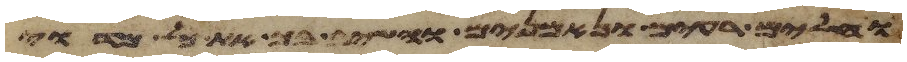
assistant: וחלים רעים ונאמנים והשיב בך את כל מדוי